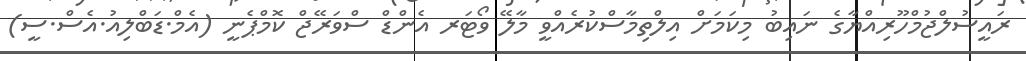
ރައީސުލްޖުމްހޫރިއްޔާގެ ނައިބު މިކަމަށް އިލްތިމާސްކުރެއްވީ މާލޭ ވޯޓަރ އެންޑް ސްވަރޭޖް ކޮމްޕެނީ (އެމް.ޑަބްލިއު.އެސް.ސީ)